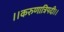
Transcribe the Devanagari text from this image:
।।करुणात्रिपदी।।